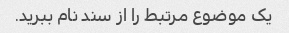
یک موضوع مرتبط را از سند نام ببرید.